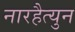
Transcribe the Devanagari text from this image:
नारहैत्युन